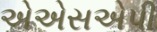
એએસએપી